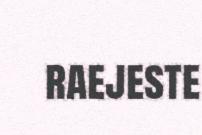
raejeste